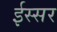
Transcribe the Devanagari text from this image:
ईस्सर